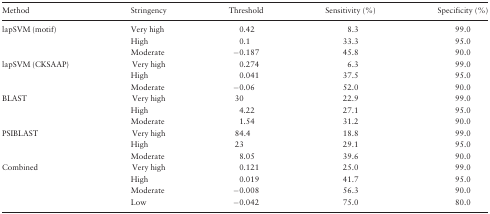
<table><thead><tr><td><b>Method</b></td><td><b>Stringency</b></td><td><b>Threshold</b></td><td><b>Sensitivity (%)</b></td><td><b>Specificity (%)</b></td></tr></thead><tbody><tr><td rowspan="3">lapSVM (motif)</td><td>Very high</td><td>0.42</td><td>8.3</td><td>99.0</td></tr><tr><td>High</td><td>0.1</td><td>33.3</td><td>95.0</td></tr><tr><td>Moderate</td><td>−0.187</td><td>45.8</td><td>90.0</td></tr><tr><td rowspan="3">lapSVM (CKSAAP)</td><td>Very high</td><td>0.274</td><td>6.3</td><td>99.0</td></tr><tr><td>High</td><td>0.041</td><td>37.5</td><td>95.0</td></tr><tr><td>Moderate</td><td>−0.06</td><td>52.0</td><td>90.0</td></tr><tr><td rowspan="3">BLAST</td><td>Very high</td><td>30</td><td>22.9</td><td>99.0</td></tr><tr><td>High</td><td>4.22</td><td>27.1</td><td>95.0</td></tr><tr><td>Moderate</td><td>1.54</td><td>31.2</td><td>90.0</td></tr><tr><td rowspan="3">PSIBLAST</td><td>Very high</td><td>84.4</td><td>18.8</td><td>99.0</td></tr><tr><td>High</td><td>23</td><td>29.1</td><td>95.0</td></tr><tr><td>Moderate</td><td>8.05</td><td>39.6</td><td>90.0</td></tr><tr><td rowspan="4">Combined</td><td>Very high</td><td>0.121</td><td>25.0</td><td>99.0</td></tr><tr><td>High</td><td>0.019</td><td>41.7</td><td>95.0</td></tr><tr><td>Moderate</td><td>−0.008</td><td>56.3</td><td>90.0</td></tr><tr><td>Low</td><td>−0.042</td><td>75.0</td><td>80.0</td></tr></tbody></table>